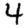
Digit: 4